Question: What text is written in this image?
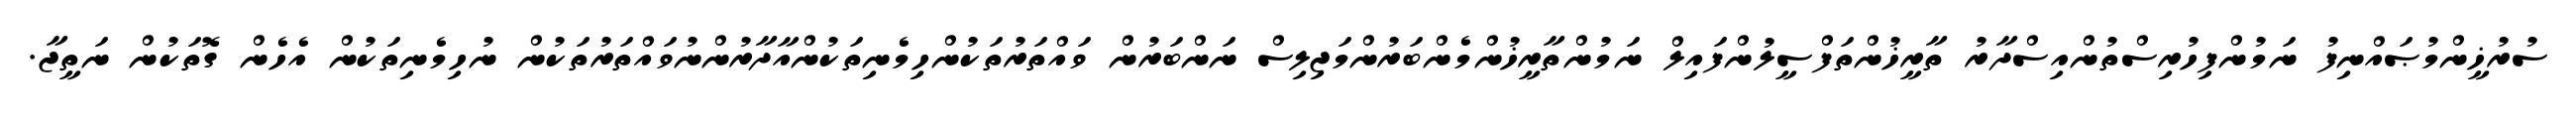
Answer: ސުރުޚީންމުޞައްނިފު ނަމުންފިހުރިސްތުންއިސްދާރު ތާރީޚުންތަފްސީލުންފައިލް ނަމުންތާރީޚުންމެންބަރުންމަޖިލިސް ނަންބަރުން ވައްތަރުތަކުންހިމެނިތަކުންއާދާރުންނުވައްތަރުތަކުން ނުހިމެނިތަކުން އެހެން ގޮތަކުން ނަތީޖާ.